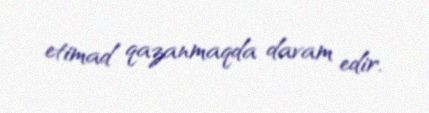
etimad qazanmaqda davam edir.